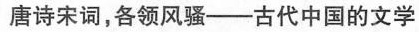
唐诗宋词，各领风骚——古代中国的文学